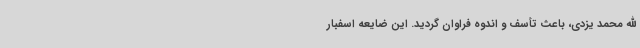
الله محمد یزدی، باعث تأسف و اندوه فراوان گردید. این ضایعه‌ اسفبار